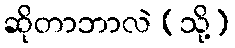
ဆိုတာဘာလဲ (သို့)